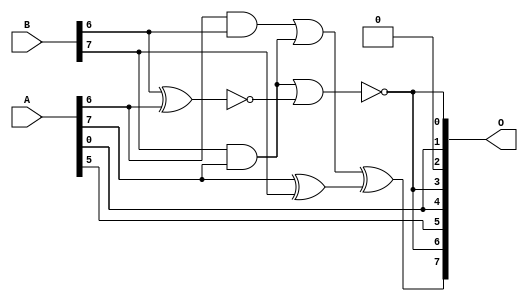
// This program was cloned from: https://github.com/ehw-fit/evoapproxlib
// License: MIT License

/***
* This code is a part of EvoApproxLib library (ehw.fit.vutbr.cz/approxlib) distributed under The MIT License.
* When used, please cite the following article(s): V. Mrazek, L. Sekanina, Z. Vasicek "Libraries of Approximate Circuits: Automated Design and Application in CNN Accelerators" IEEE Journal on Emerging and Selected Topics in Circuits and Systems, Vol 10, No 4, 2020 
* This file contains a circuit from a sub-set of pareto optimal circuits with respect to the pwr and mae parameters
***/
// MAE% = 25.47 %
// MAE = 33 
// WCE% = 72.66 %
// WCE = 93 
// WCRE% = 5600.00 %
// EP% = 99.11 %
// MRE% = 161.98 %
// MSE = 1507 
// PDK45_PWR = 0.0054 mW
// PDK45_AREA = 21.6 um2
// PDK45_DELAY = 0.17 ns

module add8s_701 (
    A,
    B,
    O
);

input [7:0] A;
input [7:0] B;
output [7:0] O;

wire sig_20,sig_28,sig_30,sig_33,sig_40,sig_57,sig_60;

assign sig_20 = ~(B[6] ^ A[6]);
assign sig_28 = A[6] & B[6];
assign sig_30 = A[7] ^ B[7];
assign sig_33 = B[7] & A[7];
assign sig_40 = ~(sig_33 | sig_20);
assign sig_57 = sig_28 | sig_33;
assign sig_60 = sig_57 ^ sig_30;

assign O[7] = sig_60;
assign O[6] = sig_40;
assign O[5] = A[5];
assign O[4] = A[0];
assign O[3] = sig_40;
assign O[2] = 1'b0;
assign O[1] = A[0];
assign O[0] = sig_40;

endmodule